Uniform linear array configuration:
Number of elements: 12
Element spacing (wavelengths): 1
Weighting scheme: kaiser
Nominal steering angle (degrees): -15
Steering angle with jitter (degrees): -14.269
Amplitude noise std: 0.05
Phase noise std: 0.05

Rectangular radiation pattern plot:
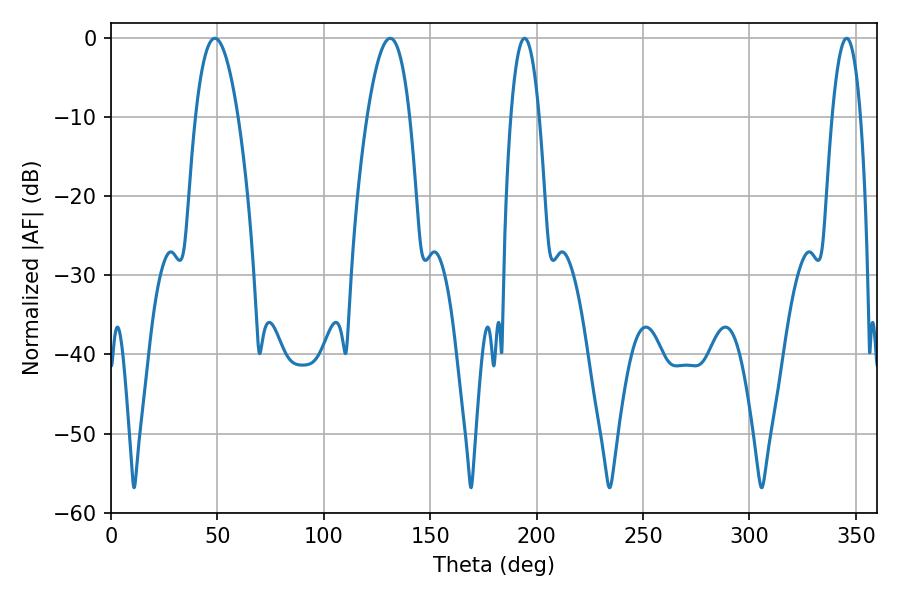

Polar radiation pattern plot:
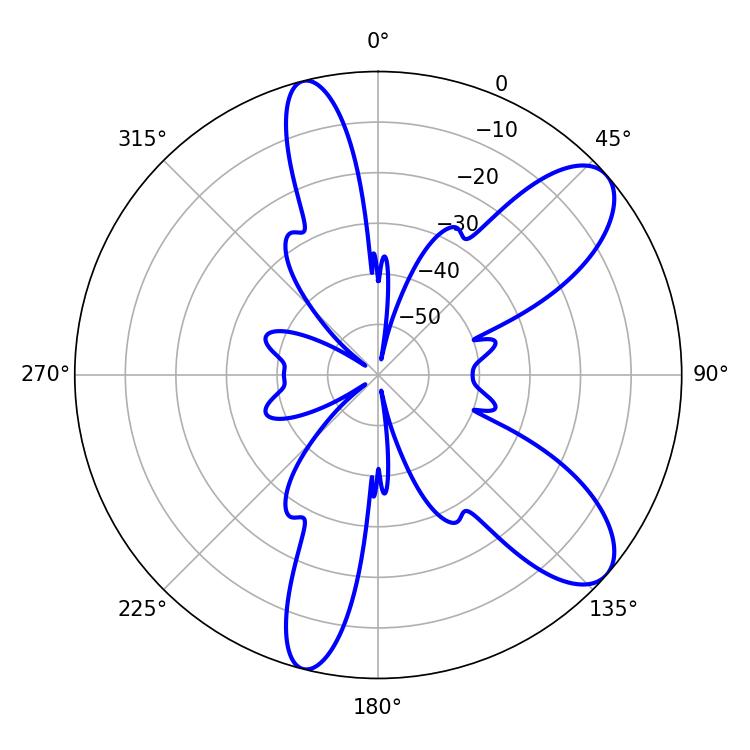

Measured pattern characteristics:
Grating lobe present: TRUE
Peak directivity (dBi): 9.161
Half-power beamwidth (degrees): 10.98
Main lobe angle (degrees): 48.78